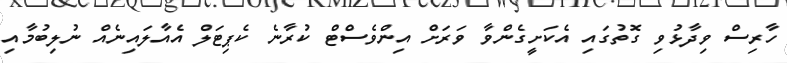
ހާރިސް ވިދާޅުވި ގޮތުގައި އެކަށީގެންވާ ވަރަށް އިންވެސްޓް ކުރާނެ ކެޕިޓަލް އެއާލައިނެއް ނުލިބުމާއި